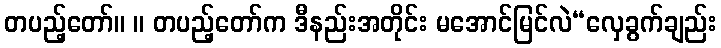
တပည့်တော်။ ။ တပည့်တော်က ဒီနည်းအတိုင်း မအောင်မြင်လဲ“လှေခွက်ချည်း